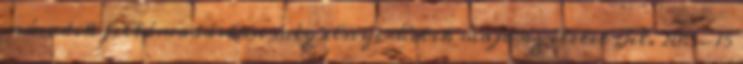
második feltámadásban még elnyerhetik majd az életet Jel. 20:5-15